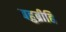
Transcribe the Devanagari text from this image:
बहुब्रीहि